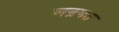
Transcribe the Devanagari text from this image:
अन्रगत